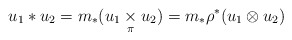
\begin{align*} u_1*u_2 = m_*(u_1\underset{\pi}{\times}u_2)= m_*\rho^*(u_1\otimes u_2)\end{align*}